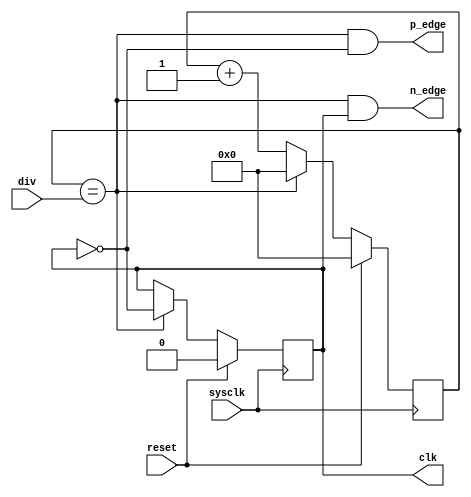
`timescale 1ns / 1ps
`default_nettype none
// Copyright (c) 2016 Jennifer Holt
//
// Permission is hereby granted, free of charge, to any person obtaining a copy of this software and 
// associated documentation files (the "Software"), to deal in the Software without restriction,
// including without limitation the rights to use, copy, modify, merge, publish, distribute,
// sublicense, and/or sell copies of the Software, and to permit persons to whom the Software is
// furnished to do so, subject to the following conditions:
//
// The above copyright notice and this permission notice shall be included in all copies or
// substantial portions of the Software.

// THE SOFTWARE IS PROVIDED "AS IS", WITHOUT WARRANTY OF ANY KIND, EXPRESS OR IMPLIED, INCLUDING BUT
// NOT LIMITED TO THE WARRANTIES OF MERCHANTABILITY, FITNESS FOR A PARTICULAR PURPOSE AND
// NONINFRINGEMENT. IN NO EVENT SHALL THE AUTHORS OR COPYRIGHT HOLDERS BE LIABLE FOR ANY CLAIM,
// DAMAGES OR OTHER LIABILITY, WHETHER IN AN ACTION OF CONTRACT, TORT OR OTHERWISE, ARISING FROM, OUT
// OF OR IN CONNECTION WITH THE SOFTWARE OR THE USE OR OTHER DEALINGS IN THE SOFTWARE.

//////////////////////////////////////////////////////////////////////////////////
// Company: 
// 
// Design Name: 
// Module Name:    clock_divider 
// Project Name: 
// Target Devices: 
// Tool versions: 
// Description:  Generates a slower clock from a fast system clock. includes output strobes for positive and negative edges.
//               The output frequency is calculated by fsysclk/(2*(DIV+1)). the output clock always has a 50% duty cycle.
// Dependencies: None
//
// Revision: 
// Revision 0.01 - File Created
// Additional Comments: 
//
//////////////////////////////////////////////////////////////////////////////////
module clock_divider#(
     parameter NBITS = 4,               //number of bits in the counter
     parameter [0:0] POL = 1'b0         //clock reset polarity
     )(
     input wire sysclk,
     input wire reset,
     input wire[NBITS-1:0] div,         //division factor. fclk = fsysclk/(2*(div+1))
     output wire p_edge,
     output wire n_edge,
     output reg clk
     );
    
     reg [NBITS-1:0] counter;
     wire [NBITS-1:0] counter_next;
     wire [NBITS:0] counter_plus1;
     assign counter_plus1 = counter + 1;
    
     wire edg;
     wire clk_next;
     assign edg = (counter == div);
     assign p_edge = (edg & !clk);
     assign n_edge = (edg & clk);
     assign counter_next = (edg) ? 0 : counter_plus1[NBITS-1:0];  //count for clock half-period
     assign clk_next = (edg) ? !clk : clk;

     always @(posedge sysclk) begin
          if (reset) begin
               counter <= 0;
               clk <= POL;
          end else begin
               counter <= counter_next;
               clk <= clk_next;
          end
     end
    

endmodule